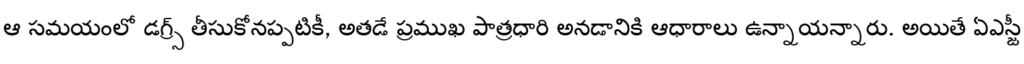
ఆ సమయంలో డగ్ర్స్ తీసుకోనప్పటికీ, అతడే ప్రముఖ పాత్రధారి అనడానికి ఆధారాలు ఉన్నాయన్నారు. అయితే ఏఎస్జీ